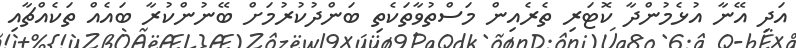
އަދި އޭނާ އުޅެމުންދާ ކޮޓަރި ތެރެއިން މަސްތުވާތަކެތި ބަންދުކުރުމަށް ބޭނުންކުރާ ބައެއް ތަކެއްޗާއި